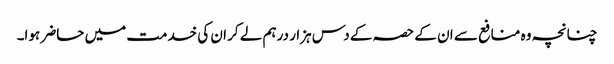
چنانچہ وہ منافع سے ان کے حصہ کے دس ہزار درہم لے کر ان کی خدمت میں حاضر ہوا۔